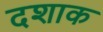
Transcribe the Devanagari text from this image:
दशाक